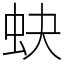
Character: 蚗